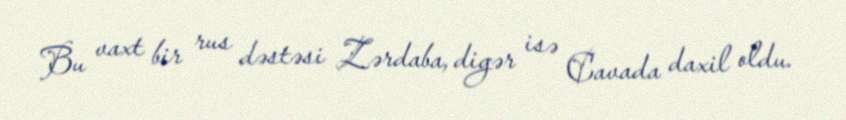
Bu vaxt bir rus dəstəsi Zərdaba, digər isə Cavada daxil oldu.